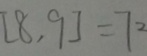
[ 8 , 9 ] = 7 2